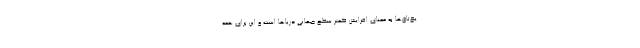
یخ‌تاق‌ها به معنای افزایش کمتر سطح جهانی دریاها است و این برای همه